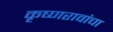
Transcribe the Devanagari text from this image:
कृष्णरावांचा